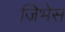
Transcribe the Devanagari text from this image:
जिभेस